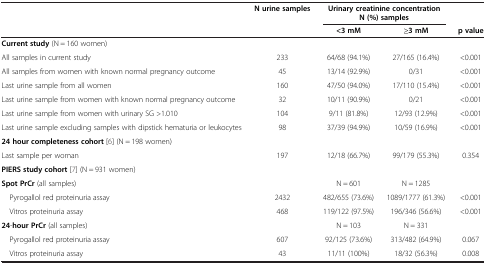
|  | N urine samples | <COLSPAN=2> Urinary creatinine concentration N (%) samples |  |
 |  |  | <3 mM | ≥3 mM | p value |
 | --- | --- | --- | --- | --- |
 | Current study (N = 160 women) |  |  |  |  |
 | All samples in current study | 233 | 64/68 (94.1%) | 27/165 (16.4%) | <0.001 |
 | All samples from women with known normal pregnancy outcome | 45 | 13/14 (92.9%) | 0/31 | <0.001 |
 | Last urine sample from all women | 160 | 47/50 (94.0%) | 17/110 (15.4%) | <0.001 |
 | Last urine sample from women with known normal pregnancy outcome | 32 | 10/11 (90.9%) | 0/21 | <0.001 |
 | Last urine sample from women with urinary SG >1.010 | 104 | 9/11 (81.8%) | 12/93 (12.9%) | <0.001 |
 | Last urine sample excluding samples with dipstick hematuria or leukocytes | 98 | 37/39 (94.9%) | 10/59 (16.9%) | <0.001 |
 | 24 hour completeness cohort[6] (N = 198 women) |  |  |  |  |
 | Last sample per woman | 197 | 12/18 (66.7%) | 99/179 (55.3%) | 0.354 |
 | PIERS study cohort[7] (N = 931 women) |  |  |  |  |
 | Spot PrCr (all samples) |  | N = 601 | N = 1285 |  |
 | Pyrogallol red proteinuria assay | 2432 | 482/655 (73.6%) | 1089/1777 (61.3%) | <0.001 |
 | Vitros proteinuria assay | 468 | 119/122 (97.5%) | 196/346 (56.6%) | <0.001 |
 | 24-hour PrCr (all samples) |  | N = 103 | N = 331 |  |
 | Pyrogallol red proteinuria assay | 607 | 92/125 (73.6%) | 313/482 (64.9%) | 0.067 |
 | Vitros proteinuria assay | 43 | 11/11 (100%) | 18/32 (56.3%) | 0.008 |